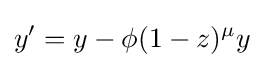
{\begin{aligned}y^{\prime }=y-\phi (1-z)^{\mu }y\end{aligned}}